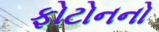
ફોટોનનો